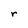
Character: r